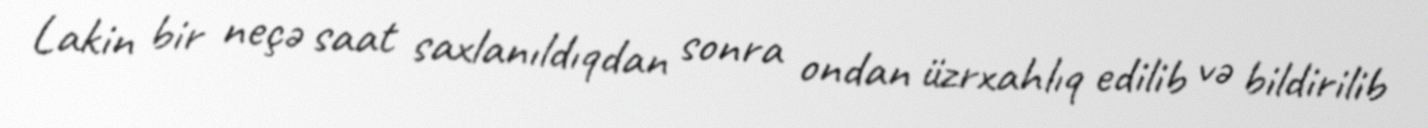
Lakin bir neçə saat saxlanıldıqdan sonra ondan üzrxahlıq edilib və bildirilib